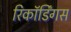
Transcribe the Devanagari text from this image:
रिकॉर्डिंगस